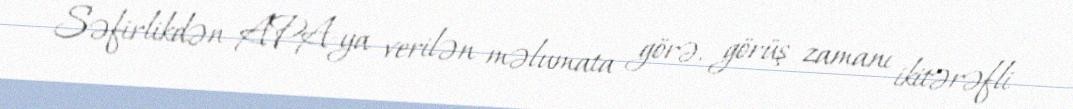
Səfirlikdən APA-ya verilən məlumata görə, görüş zamanı ikitərəfli